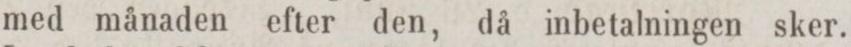
med månaden efter den, då inbetalningen sker.